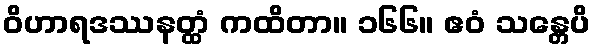
ဝိဟာရဒဿနတ္ထံ ကထိတာ။ ၁၆၆။ ဧဝံ သန္တေပိ